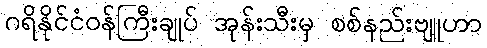
ဂရိနိုင်ငံဝန်ကြီးချုပ် အုန်းသီးမှ စစ်နည်းဗျူဟာ